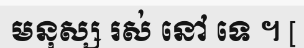
មនុស្ស រស់ នៅ ទេ ។ [